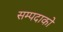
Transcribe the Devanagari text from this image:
सम्पदाको